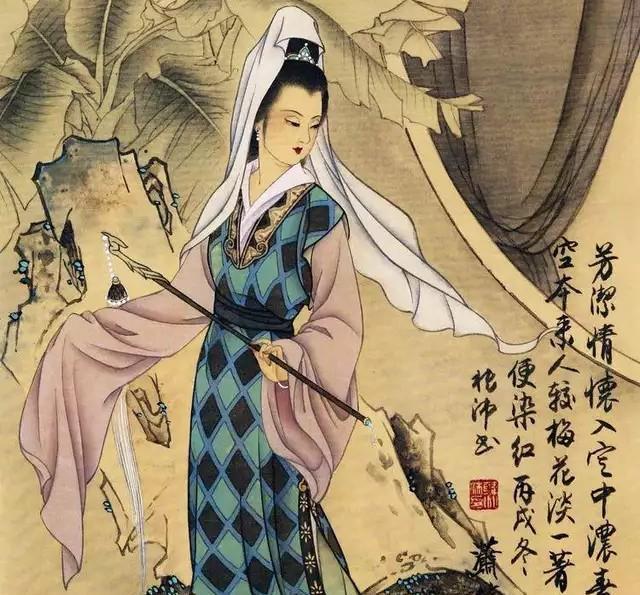
借问汉宫谁得似，可怜飞燕倚新妆。